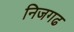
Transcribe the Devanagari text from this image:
निजगढ